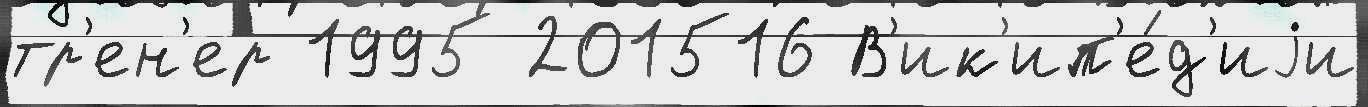
тр'ен'ер 1995 201516 В'ик'ип'е́д'иjи